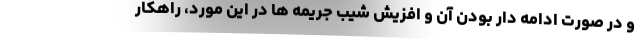
و در صورت ادامه دار بودن آن و افزیش شیب جریمه ها در این مورد، راهکار